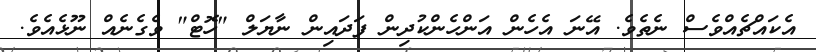
އެކައްޗެއްވެސް ނެތެވެ. އޭނަ އެހެން އަންހެންކުދިން ފަދައިން ނާޔަލް "ހޮޓް" ވެގެނެއް ނޫޅެއެވެ.